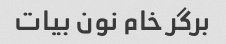
برگر خام نون بیات